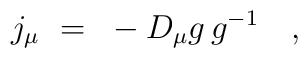
j_\mu~=~\mbox{} - D_\mu g \, g^{-1}~~~,